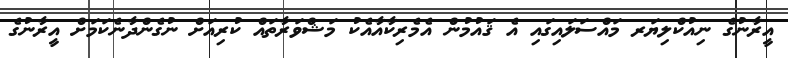
އީރާނުގެ ނިއުކްލިޔަރ މައްސަލައިގައި އެ ޤައުމުން އެމެރިކާއާއެކު މަޝްވަރާތައް ކުރިއަށް ނުގެންދާނެކަމަށް އީރާނުގެ